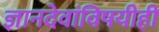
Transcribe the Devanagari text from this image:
ज्ञानदेवांविषयीही